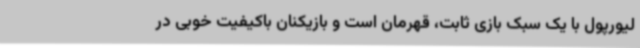
لیورپول با یک سبک بازی ثابت، قهرمان است و بازیکنان باکیفیت خوبی در